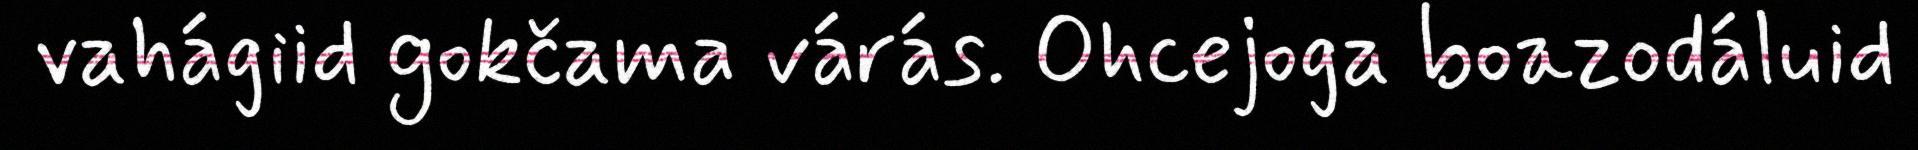
vahágiid gokčama várás. Ohcejoga boazodáluid